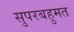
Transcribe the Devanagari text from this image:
सुपरबहुमत